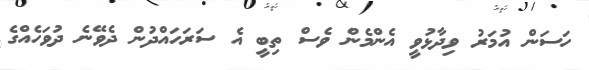
ހަސަން އުމަރު ވިދާޅުވީ އެންމެން ވެސް ތިބީ އެ ސަރަހައްދުން ދެވޭނެ ދުވަހެއްގެ